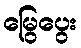
မြွေပွေး